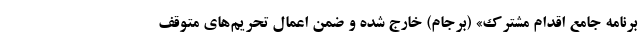
برنامه جامع اقدام مشترک» (برجام) خارج شده و ضمن اعمال تحریم‌های متوقف